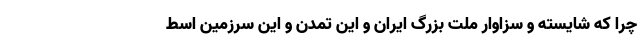
چرا که شایسته و سزاوار ملت بزرگ ایران و این تمدن و این سرزمین اسط